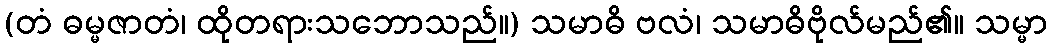
(တံ ဓမ္မဇာတံ၊ ထိုတရားသဘောသည်။) သမာဓိ ဗလံ၊ သမာဓိဗိုလ်မည်၏။ သမ္မာ